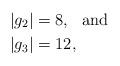
LaTeX: \begin{align*} \left| g_2\right| &= 8,\mbox{\ \ and} \\ \left| g_3\right| &= 12,\end{align*}